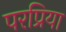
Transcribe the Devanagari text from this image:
परप्रिया